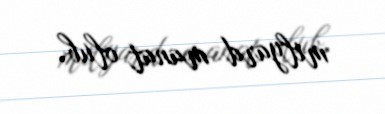
milyard manat olub.